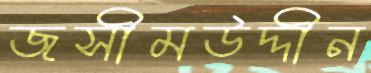
জসীমউদ্দীন